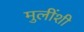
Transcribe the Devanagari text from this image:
मुलींशी